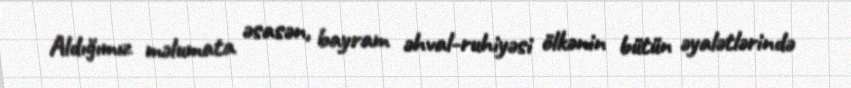
Aldığımız məlumata əsasən, bayram əhval-ruhiyəsi ölkənin bütün əyalətlərində